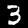
Digit: 3